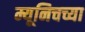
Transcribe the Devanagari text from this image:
म्यूनिचच्या